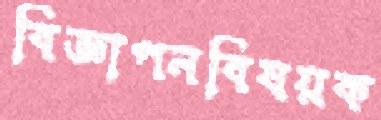
বিজ্ঞাপনবিষয়ক